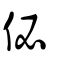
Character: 佖